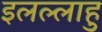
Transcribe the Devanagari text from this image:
इलल्लाहु